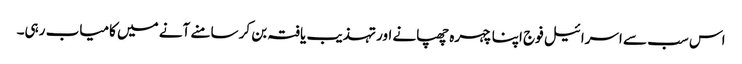
اس سب سے اسرائیل فوج اپنا چہرہ چھپانے اور تہذیب یافتہ بن کر سامنے آنے میں کامیاب رہی۔